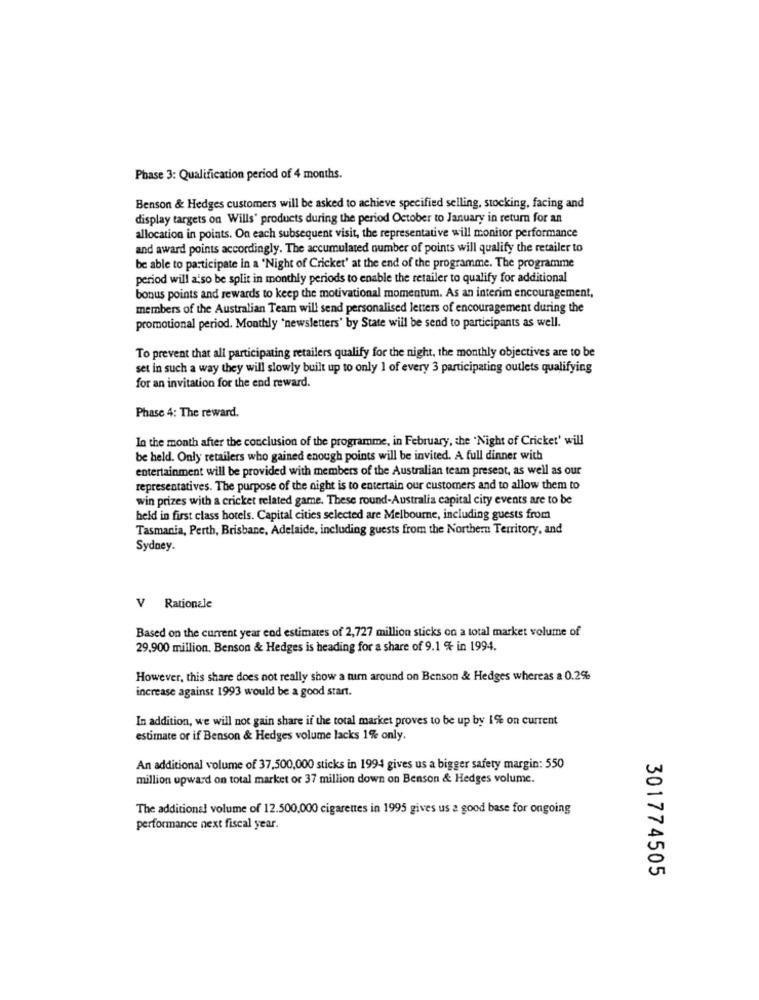
Phase 3: Qualification period of 4 months.
Benson & Hedges customers will be asked to achieve specified selling, stocking, facing and
display targets on Wills' products during the period October to January in return for an
allocation in points. On each subsequent visit, the representative will monitor performance
and award points accordingly. The accumulated number of points will qualify the retailer to
be able to participate in a 'Night of Cricket' at the end of the programme. The programme
period will also be split in monthly periods to enable the retailer to qualify for additional
bonus points and rewards to keep the motivational momentum. As an interim encouragement,
members of the Australian Team will send personalised letters of encouragement during the
promotional period. Monthly 'newsletters' by State will be send to participants as well.
To prevent that all participating retailers qualify for the night, the monthly objectives are to be
set in such a way they will slowly built up to only 1 of every 3 participating outlets qualifying
for an invitation for the end reward.
Phase 4: The reward.
In the month after the conclusion of the programme, in February, the 'Night of Cricket' will
be held. Only retailers who gained enough points will be invited. A full dinner with
entertainment will be provided with members of the Australian team present, as well as our
representatives. The purpose of the night is to entertain our customers and to allow them to
win prizes with a cricket related game. These round-Australia capital city events are to be
held in first class hotels. Capital cities selected are Melbourne, including guests from
Tasmania, Perth, Brisbane, Adelaide, including guests from the Northern Territory, and
Sydney.
V Rationale
Based on the current year end estimates of 2,727 million sticks on a total market volume of
29,900 million. Benson & Hedges is heading for a share of 9.1 % in 1994.
However, this share does not really show a turn around on Benson & Hedges whereas a 0.2%
increase against 1993 would be a good start.
In addition, we will not gain share if the total market proves to be up by 1% on current
estimate or if Benson & Hedges volume lacks 1% only.
An additional volume of 37,500,000 sticks in 1994 gives us a bigger safety margin: 550
million upward on total market or 37 million down on Benson & Hedges volume.
The additional volume of 12.500.000 cigarettes in 1995 gives us a good base for ongoing
performance next fiscal year.
301774505